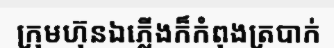
ក្រុមហ៊ុនឯភ្លើងក៏កំពុងត្របាក់